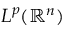
L ^ { p } ( \mathbb { R } ^ { n } )